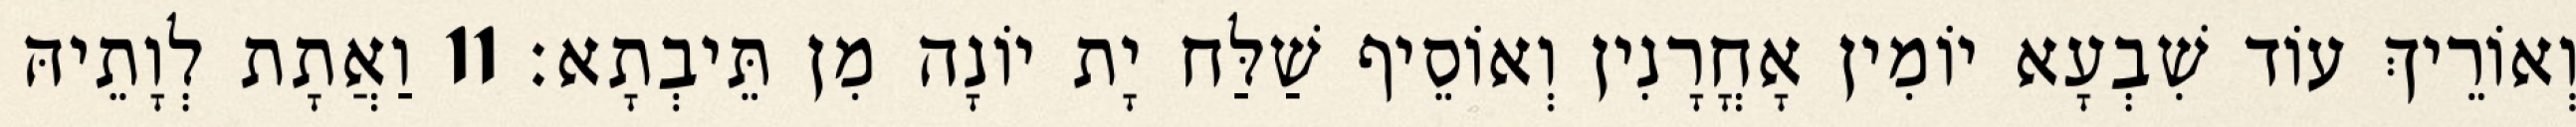
וְאוֹרֵיךְ עוֹד שִׁבְעָא יוֹמִין אָחֳרָנִין וְאוֹסֵיף שַׁלַּח יָת יוֹנָה מִן תֵּיבְתָא׃ 11 וַאֲתָת לְוָתֵיהּ